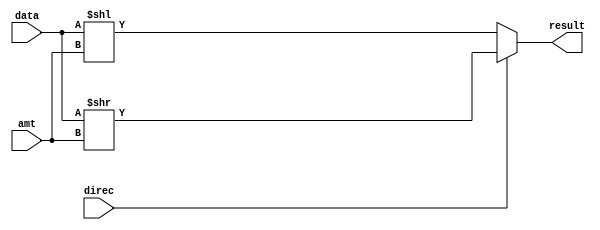
module Xshifter(result, data, amt, direc);

    output  [31:0]  result;
    input   [31:0]  data;
    input   [4:0]   amt;
    input           direc;  //0 = lshf, 1 = rshf

    assign	result = (direc)? (data >> amt) : (data << amt);

endmodule